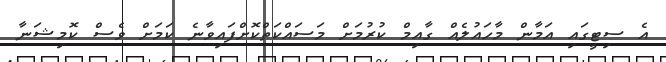
އެ ސިޓީގައި އަމާން މާހައުލެއް ގާއިމް ކުރުމަށް މަސައްކަތްކޮށްފައިވާނެ ކަމަށް ވެސް ކޮމިޝަނާ